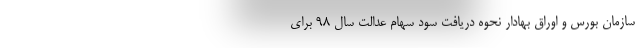
سازمان بورس و اوراق بهادار نحوه دریافت سود سهام عدالت سال ۹۸ برای